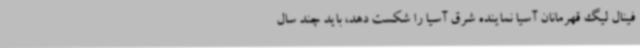
فینال لیگ قهرمانان آسیا نماینده شرق آسیا را شکست دهد، باید چند سال